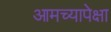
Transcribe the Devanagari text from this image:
आमच्यापेक्षा